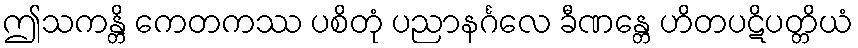
ဤသကန္တိ ကေတကဿ ပစိတုံ ပညာနင်္ဂလေ ခီဏန္တေ ဟိတပဋိပတ္တိယံ